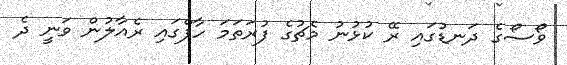
ވޯސޯގެ ދަނޑުގައި ރޭ ކުޅުނު މެޗުގެ ފުރަތަމަ ހާފްގައި ރެއާލުން ވަނީ ދެ